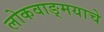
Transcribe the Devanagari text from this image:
लोकवाङ्‌मयाचे